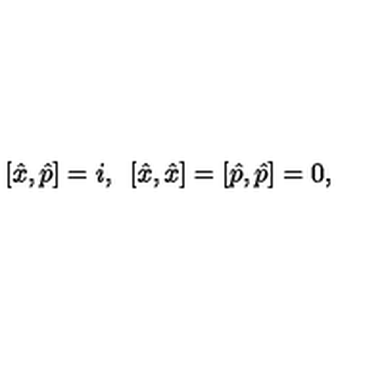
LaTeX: [ \hat { x } , \hat { p } ] = i , \enskip [ \hat { x } , \hat { x } ] = [ \hat { p } , \hat { p } ] = 0 ,